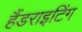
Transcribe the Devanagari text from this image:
हैंडराइटिंग